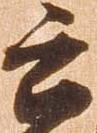
被